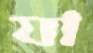
যা